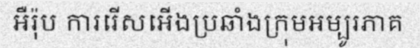
អឺរ៉ុប ការរើសអើងប្រឆាំងក្រុមអម្បូរភាគ